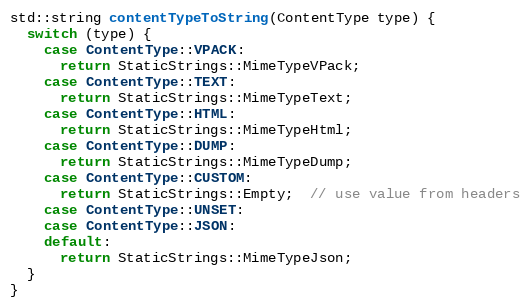
Language: C++
std::string contentTypeToString(ContentType type) {
  switch (type) {
    case ContentType::VPACK:
      return StaticStrings::MimeTypeVPack;
    case ContentType::TEXT:
      return StaticStrings::MimeTypeText;
    case ContentType::HTML:
      return StaticStrings::MimeTypeHtml;
    case ContentType::DUMP:
      return StaticStrings::MimeTypeDump;
    case ContentType::CUSTOM:
      return StaticStrings::Empty;  // use value from headers
    case ContentType::UNSET:
    case ContentType::JSON:
    default:
      return StaticStrings::MimeTypeJson;
  }
}